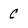
Character: C